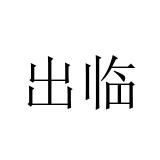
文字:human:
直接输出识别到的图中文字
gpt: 出临